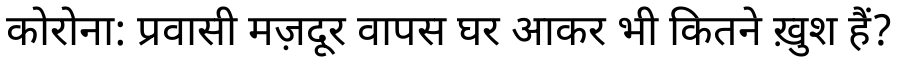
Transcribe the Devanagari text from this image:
कोरोना: प्रवासी मज़दूर वापस घर आकर भी कितने ख़ुश हैं?